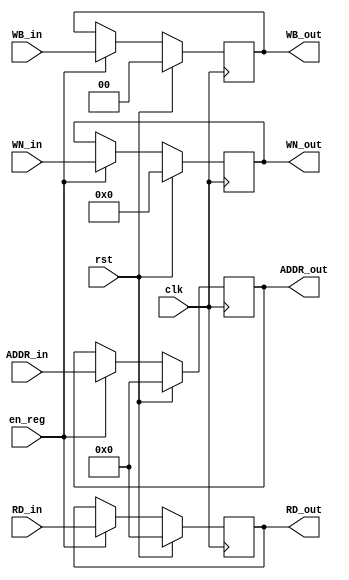

module MEM_WB ( clk, rst, en_reg, WB_out, RD_out, ADDR_out, WN_out,
								  WB_in,  RD_in,  ADDR_in,  WN_in );
								  
    input clk, rst, en_reg;
	
	input [1:0]  WB_in;
	input [4:0]	 WN_in;
    input [31:0] RD_in, ADDR_in;
	
	output [1:0]  WB_out;
	output [4:0]  WN_out;
    output [31:0] RD_out, ADDR_out;
	
	reg	  [1:0]  WB_out;
	reg   [4:0]  WN_out;
    reg   [31:0] RD_out, ADDR_out;
   
    always @( posedge clk ) begin
        if ( rst ) begin
		WB_out    <= 2'b0;
		RD_out    <= 32'b0;
		ADDR_out  <= 32'b0; 
		WN_out    <= 5'b0;
	end
        else if ( en_reg ) begin
		WB_out    <=  WB_in;
		RD_out    <=  RD_in;
		ADDR_out  <=  ADDR_in; 
		WN_out    <=  WN_in;
	end
    end
endmodule